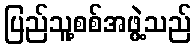
ပြည်သူ့စစ်အဖွဲ့သည်